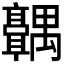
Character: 𬴣